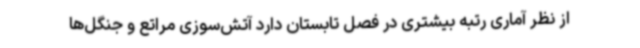
از نظر آماری رتبه بیشتری در فصل تابستان دارد آتش‌سوزی مراتع و جنگل‌ها